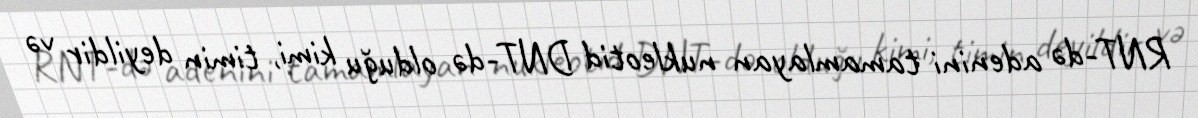
RNT-də adenini tamamlayan nukleotid DNT-də olduğu kimi, timin deyildir və